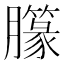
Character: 𱼣